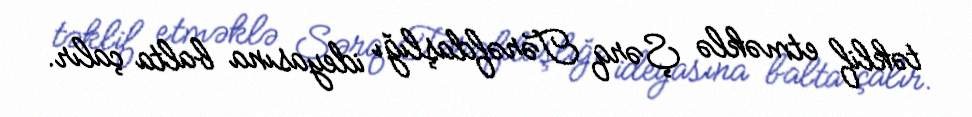
təklif etməklə Şərq Tərəfdaşlığı ideyasına balta çalır.